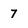
Character: 7